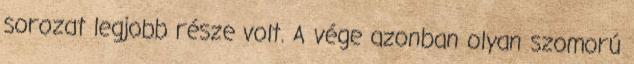
sorozat legjobb része volt. A vége azonban olyan szomorú